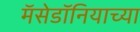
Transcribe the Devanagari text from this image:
मॅसेडॉनियाच्या